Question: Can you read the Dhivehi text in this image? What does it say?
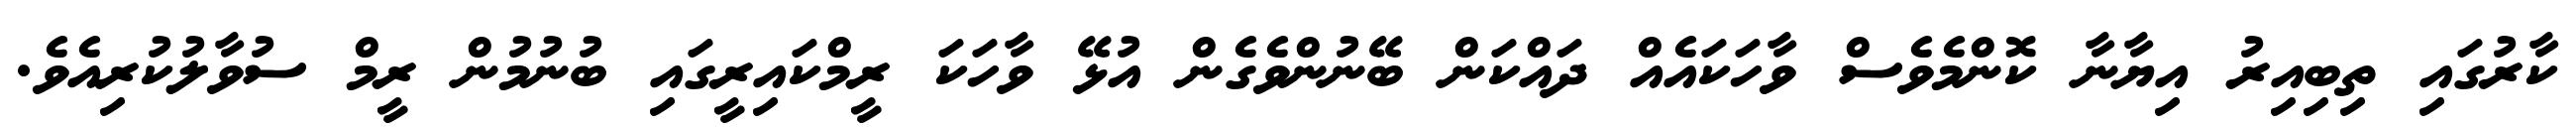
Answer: ކާރުގައި ތިބިއިރު އިޔާނާ ކޮންމެވެސް ވާހަކައެއް ދައްކަން ބޭނުންވެގެން އުޅޭ ވާހަކަ ރީމްކައިރީގައި ބުނުމުން ރީމް ސުވާލުކުރިއެވެ.